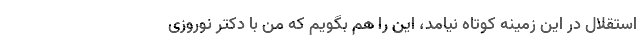
استقلال در این زمینه کوتاه نیامد، این را هم بگویم که من با دکتر نوروزی